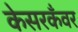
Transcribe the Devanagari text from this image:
केसरकँवर